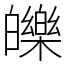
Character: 皪